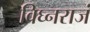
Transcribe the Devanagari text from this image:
विघ्नराजं